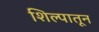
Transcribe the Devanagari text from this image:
शिल्पातून